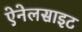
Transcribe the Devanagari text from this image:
ऐनेलसाइट